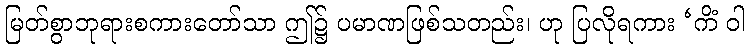
မြတ်စွာဘုရားစကားတော်သာ ဤ၌ ပမာဏဖြစ်သတည်း၊ ဟု ပြလိုရကား ‘ကိံ ဝါ